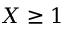
X \ge 1